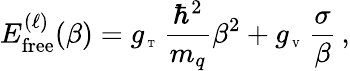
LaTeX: E_{\mathrm{free}}^{(\ell)}(\beta)=g_{\mathrm{\tiny~T~}}\, \frac{\hbar^{2}}{m_{q}}\beta^{2}+g_{\mathrm{\tiny~V~}}\, \frac{\sigma}{\beta}\, ,